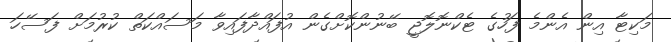
މަކިޓާ އިން އެންމެ ފަހުގެ ޓެކްނޮލޮޖީ ބޭނުންކޮށްގެން އުފައްދާފައިވާ މަސައްކަތް ކުރުމަށް ފަސޭހަ